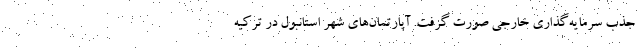
جذب سرمایه‌گذاری خارجی صورت گرفت. آپارتمان‌های شهر استانبول در ترکیه